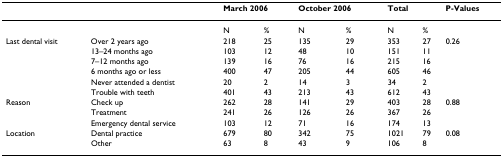
|  |  | <COLSPAN=2> March 2006 | <COLSPAN=2> October 2006 | <COLSPAN=2> Total | P-Values |
 | --- | --- | --- | --- | --- | --- | --- | --- | --- |
 |  |  | N | % | N | % | N | % |  |
 | Last dental visit | Over 2 years ago | 218 | 25 | 135 | 29 | 353 | 27 | 0.26 |
 |  | 13–24 months ago | 103 | 12 | 48 | 10 | 151 | 11 |  |
 |  | 7–12 months ago | 139 | 16 | 76 | 16 | 215 | 16 |  |
 |  | 6 months ago or less | 400 | 47 | 205 | 44 | 605 | 46 |  |
 |  | Never attended a dentist | 20 | 2 | 14 | 3 | 34 | 2 |  |
 |  | Trouble with teeth | 401 | 43 | 213 | 43 | 612 | 43 |  |
 | Reason | Check up | 262 | 28 | 141 | 29 | 403 | 28 | 0.88 |
 |  | Treatment | 241 | 26 | 126 | 26 | 367 | 26 |  |
 |  | Emergency dental service | 103 | 12 | 71 | 16 | 174 | 13 |  |
 | Location | Dental practice | 679 | 80 | 342 | 75 | 1021 | 79 | 0.08 |
 |  | Other | 63 | 8 | 43 | 9 | 106 | 8 |  |